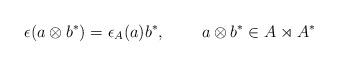
LaTeX: \begin{align*}\epsilon(a\otimes b^*) = \epsilon_{A}(a) b^*,\,\,\,\,\,\,\,\,\,\,\,\,\,a\otimes b^*\in A\rtimes A^\ast\end{align*}